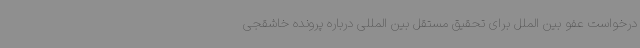
درخواست عفو بین الملل برای تحقیق مستقل بین المللی درباره پرونده خاشقجی